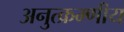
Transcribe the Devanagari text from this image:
अनुत्क्रम्णीय